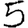
Digit: 5